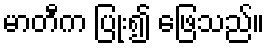
မာတီက ပြုံး၍ ဖြေသည်။